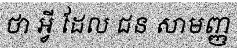
ថា អ្វី ដែល ជន សាមញ្ញ